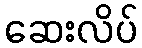
ဆေးလိပ်